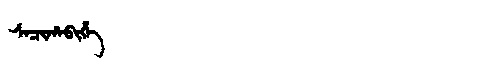
Manchu: ᠰᠠᠴᡳᡥᠠᠪᡳᡥᡝ
Romanization: SACIHABIHE